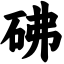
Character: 砩